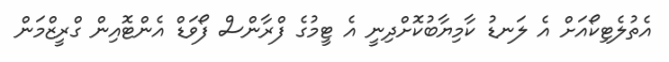
އެތުލެޓިކޯއަށް އެ ލަނޑު ކާމިޔާބުކޮށްދިނީ އެ ޓީމުގެ ފްރާންސް ފޯވަޑް އެންޓޮއިން ގްރީޒްމަން